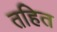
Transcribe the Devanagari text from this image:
तहित